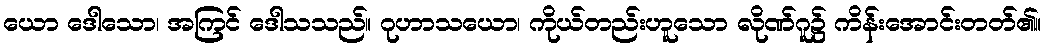
ယော ဒေါသော၊ အကြင် ဒေါသသည်။ ဂုဟာသယော၊ ကိုယ်တည်းဟူသော လိုဏ်ဂူ၌ ကိန်းအောင်းတတ်၏။